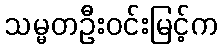
သမ္မတဦးဝင်းမြင့်က